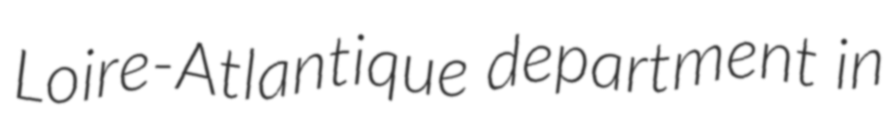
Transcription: Loire-Atlantique department in